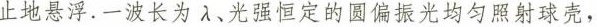
止地悬浮。一波长为λ、光强恒定的圆偏振光均匀照射球壳，